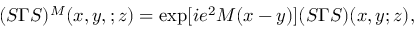
( S \Gamma S ) ^ { M } ( x , y , ; z ) = \exp [ i e ^ { 2 } M ( x - y ) ] ( S \Gamma S ) ( x , y ; z ) ,